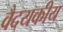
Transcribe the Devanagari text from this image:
वैदयकीय